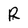
Character: R